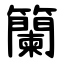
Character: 籣